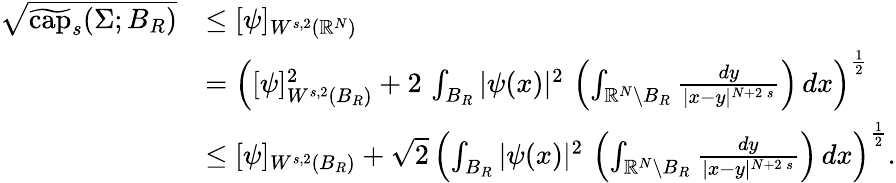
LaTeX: \begin{array}{rl}{\sqrt{\widetilde{\mathrm{cap}}_{s}(\Sigma;B_{R})}}&{\le[\psi]_{W^{s,2}(\mathbb{R}^{N})}}\\ &{=\left([\psi]_{W^{s,2}(B_{R})}^{2}+2\, \int_{B_{R}}|\psi(x)|^{2}\, \left(\int_{\mathbb{R}^{N}\setminus B_{R}}\frac{dy}{|x-y|^{N+2\, s}}\right)\, dx\right)^{\frac{1}{2}}}\\ &{\le[\psi]_{W^{s,2}(B_{R})}+\sqrt{2}\, \left(\int_{B_{R}}|\psi(x)|^{2}\, \left(\int_{\mathbb{R}^{N}\setminus B_{R}}\frac{dy}{|x-y|^{N+2\, s}}\right)\, dx\right)^{\frac{1}{2}}.}\end{array}